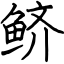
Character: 鲚